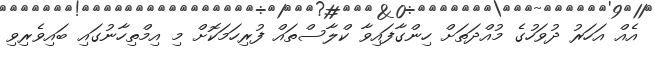
އެއް އަހަރު ދުވަހުގެ މުއްދަތަށް ހިންގާފައިވާ ކްލާސްތައް ފުރިހަމަކޮށް މި އިމްތިހާނުގައި ބައިވެރިވި